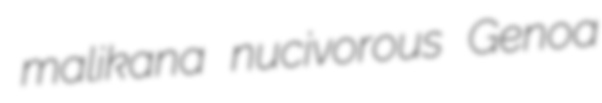
malikana nucivorous Genoa